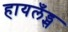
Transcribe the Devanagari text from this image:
हायलँड्स